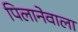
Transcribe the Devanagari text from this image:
पिलानेवाला